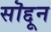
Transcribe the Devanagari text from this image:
सॊद्दून